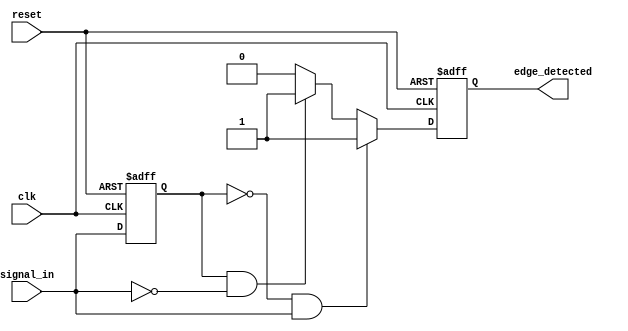
module glitch_free_edge_detector (
    input wire clk,              // Clock signal
    input wire reset,            // Asynchronous reset signal
    input wire signal_in,        // Input signal to be monitored
    output reg edge_detected     // Output signal indicating edge detection
);

    // Memory element to store the previous state of signal_in
    reg signal_in_prev;

    // Edge detection logic
    always @(posedge clk or posedge reset) begin
        if (reset) begin
            signal_in_prev <= 1'b0; // Initialize previous state to 0 on reset
            edge_detected <= 1'b0;   // Clear edge detected on reset
        end else begin
            // Check for rising edge
            if (signal_in_prev == 1'b0 && signal_in == 1'b1) begin
                edge_detected <= 1'b1; // Rising edge detected
            end
            // Check for falling edge
            else if (signal_in_prev == 1'b1 && signal_in == 1'b0) begin
                edge_detected <= 1'b1; // Falling edge detected
            end
            else begin
                edge_detected <= 1'b0; // No edge detected
            end
            
            // Update previous state
            signal_in_prev <= signal_in;
        end
    end

endmodule